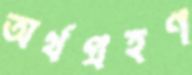
অর্থগ্রহণ